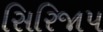
સિરિજાપ